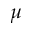
\mu